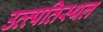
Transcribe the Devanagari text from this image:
उत्त्पतिस्थल